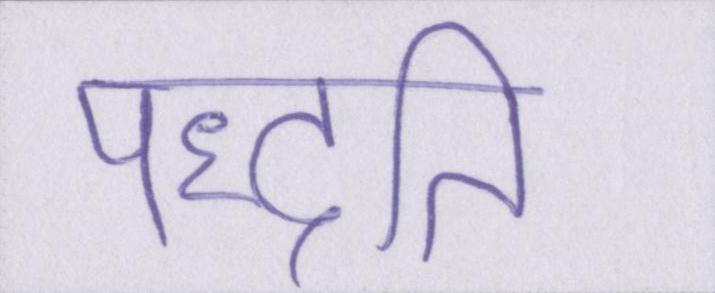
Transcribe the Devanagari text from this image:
पद्धति